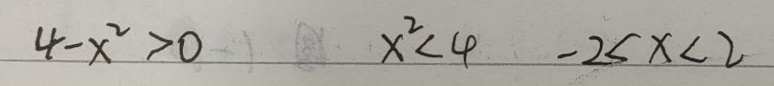
\[
4 - x^{2} > 0 \quad x^{2} < 4 \quad -2 < x < 2
\]